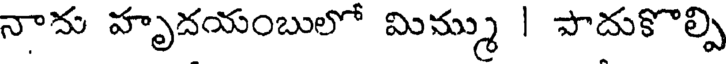
నాను హృదయంబులో మిమ్ము | పాదుకొల్పి